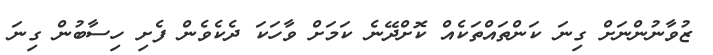
ޒުވާނުންނަށް ގިނަ ކަންތައްތަކެއް ކޮށްދޭނެ ކަމަށް ވާހަކަ ދެކެވެން ފެށި ހިސާބުން ގިނަ